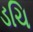
ડચિ